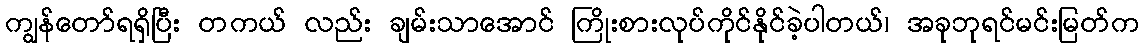
ကျွန်တော်ရရှိပြီး တကယ် လည်း ချမ်းသာအောင် ကြိုးစားလုပ်ကိုင်နိုင်ခဲ့ပါတယ်၊ အခုဘုရင်မင်းမြတ်က